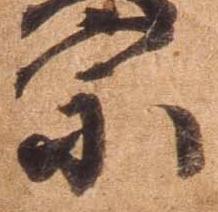
宗